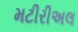
મટીરીઅલ